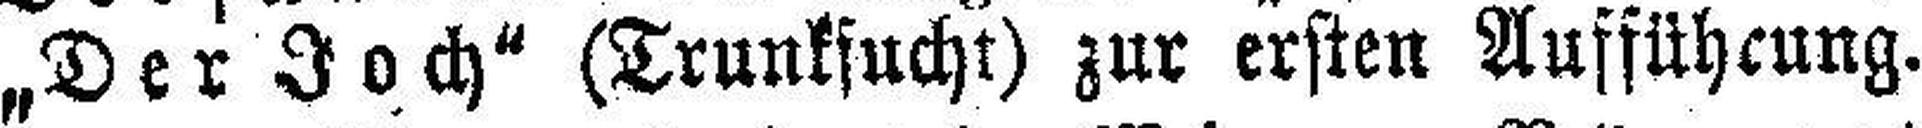
„Der Joch“ (Trunksucht) zur ersten Aufführung.